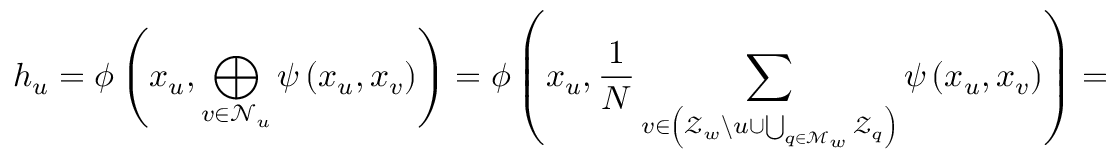
h _ { u } = \phi \left( x _ { u } , \bigoplus _ { v \in \mathcal { N } _ { u } } \psi \left( x _ { u } , x _ { v } \right) \right) = \phi \left( x _ { u } , \frac { 1 } { N } \sum _ { v \in \left( \mathcal { Z } _ { w } \backslash u \cup \bigcup _ { q \in \mathcal { M } _ { w } } \mathcal { Z } _ { q } \right) } \psi \left( x _ { u } , x _ { v } \right) \right) =